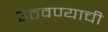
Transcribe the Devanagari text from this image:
उठवण्याची